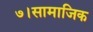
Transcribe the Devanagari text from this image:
७।सामाजिक